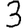
Digit: 3